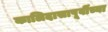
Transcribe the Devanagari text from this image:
कालिदासापूर्वीच्या